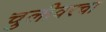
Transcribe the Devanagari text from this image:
चुलीवरचा